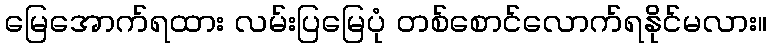
မြေအောက်ရထား လမ်းပြမြေပုံ တစ်စောင်လောက်ရနိုင်မလား။